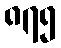
၈၇၅